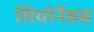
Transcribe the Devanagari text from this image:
लियोनैडस